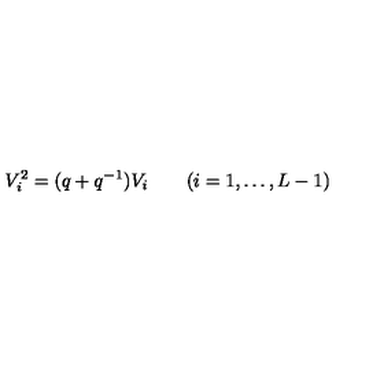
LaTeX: V _ { i } ^ { 2 } = ( q + q ^ { - 1 } ) V _ { i } \qquad ( i = 1 , \ldots , L - 1 )